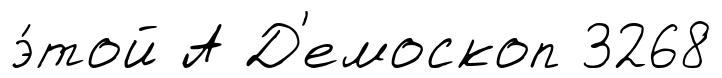
э́той А Д'емоскоп 3268